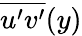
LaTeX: \overline{{u^{\prime}v^{\prime}}}(y)